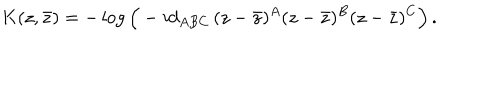
K ( z , \bar { z } ) = - \log \Big ( - i d _ { A B C } \, ( z - \bar { z } ) ^ { A } ( z - \bar { z } ) ^ { B } ( z - \bar { z } ) ^ { C } \Big ) \, .